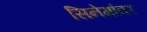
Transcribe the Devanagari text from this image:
सिनेमांवर